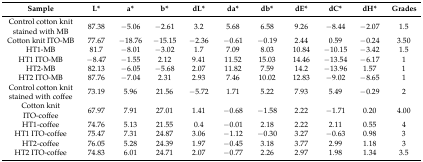
<table><thead><tr><td><b>Sample</b></td><td><b>L*</b></td><td><b>a*</b></td><td><b>b*</b></td><td><b>dL*</b></td><td><b>da*</b></td><td><b>db*</b></td><td><b>dE*</b></td><td><b>dC*</b></td><td><b>dH*</b></td><td><b>Grades</b></td></tr></thead><tbody><tr><td>Control cotton knit stained with MB</td><td>87.38</td><td>−5.06</td><td>−2.61</td><td>3.2</td><td>5.68</td><td>6.58</td><td>9.26</td><td>−8.44</td><td>−2.07</td><td>1.5</td></tr><tr><td>Cotton knit ITO-MB</td><td>77.67</td><td>−18.76</td><td>−15.15</td><td>−2.36</td><td>−0.61</td><td>−0.19</td><td>2.44</td><td>0.59</td><td>−0.24</td><td>3.50</td></tr><tr><td>HT1-MB</td><td>81.7</td><td>−8.01</td><td>−3.02</td><td>1.7</td><td>7.09</td><td>8.03</td><td>10.84</td><td>−10.15</td><td>−3.42</td><td>1.5</td></tr><tr><td>HT1 ITO-MB</td><td>−8.47</td><td>−1.55</td><td>2.12</td><td>9.41</td><td>11.52</td><td>15.03</td><td>14.46</td><td>−13.54</td><td>−6.17</td><td>1</td></tr><tr><td>HT2-MB</td><td>82.13</td><td>−6.05</td><td>−5.68</td><td>2.07</td><td>11.82</td><td>7.59</td><td>14.2</td><td>−13.96</td><td>1.57</td><td>1</td></tr><tr><td>HT2 ITO-MB</td><td>87.76</td><td>−7.04</td><td>2.31</td><td>2.93</td><td>7.46</td><td>10.02</td><td>12.83</td><td>−9.02</td><td>−8.65</td><td>1</td></tr><tr><td>Control cotton knit stained with coffee</td><td>73.19</td><td>5.96</td><td>21.56</td><td>−5.72</td><td>1.71</td><td>5.22</td><td>7.93</td><td>5.49</td><td>−0.29</td><td>2</td></tr><tr><td>Cotton knit ITO-coffee</td><td>67.97</td><td>7.91</td><td>27.01</td><td>1.41</td><td>−0.68</td><td>−1.58</td><td>2.22</td><td>−1.71</td><td>0.20</td><td>4.00</td></tr><tr><td>HT1-coffee</td><td>74.76</td><td>5.13</td><td>21.55</td><td>0.4</td><td>−0.01</td><td>2.18</td><td>2.22</td><td>2.11</td><td>0.55</td><td>4</td></tr><tr><td>HT1 ITO-coffee</td><td>75.47</td><td>7.31</td><td>24.87</td><td>3.06</td><td>−1.12</td><td>−0.30</td><td>3.27</td><td>−0.63</td><td>0.98</td><td>3</td></tr><tr><td>HT2-coffee</td><td>76.05</td><td>5.28</td><td>24.39</td><td>1.97</td><td>−0.45</td><td>3.18</td><td>3.77</td><td>2.99</td><td>1.18</td><td>3</td></tr><tr><td>HT2 ITO-coffee</td><td>74.83</td><td>6.01</td><td>24.71</td><td>2.07</td><td>−0.77</td><td>2.26</td><td>2.97</td><td>1.98</td><td>1.34</td><td>3.5</td></tr></tbody></table>